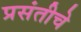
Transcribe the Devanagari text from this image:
प्रसंतीचे